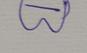
Signature authenticity: genuine